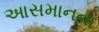
આસમાનના